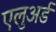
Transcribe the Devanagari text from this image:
एलुअर्ड